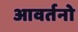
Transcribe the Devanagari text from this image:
आवर्तनो